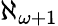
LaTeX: \aleph_{\omega+1}